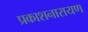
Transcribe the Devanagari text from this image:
प्रकाशनारायण